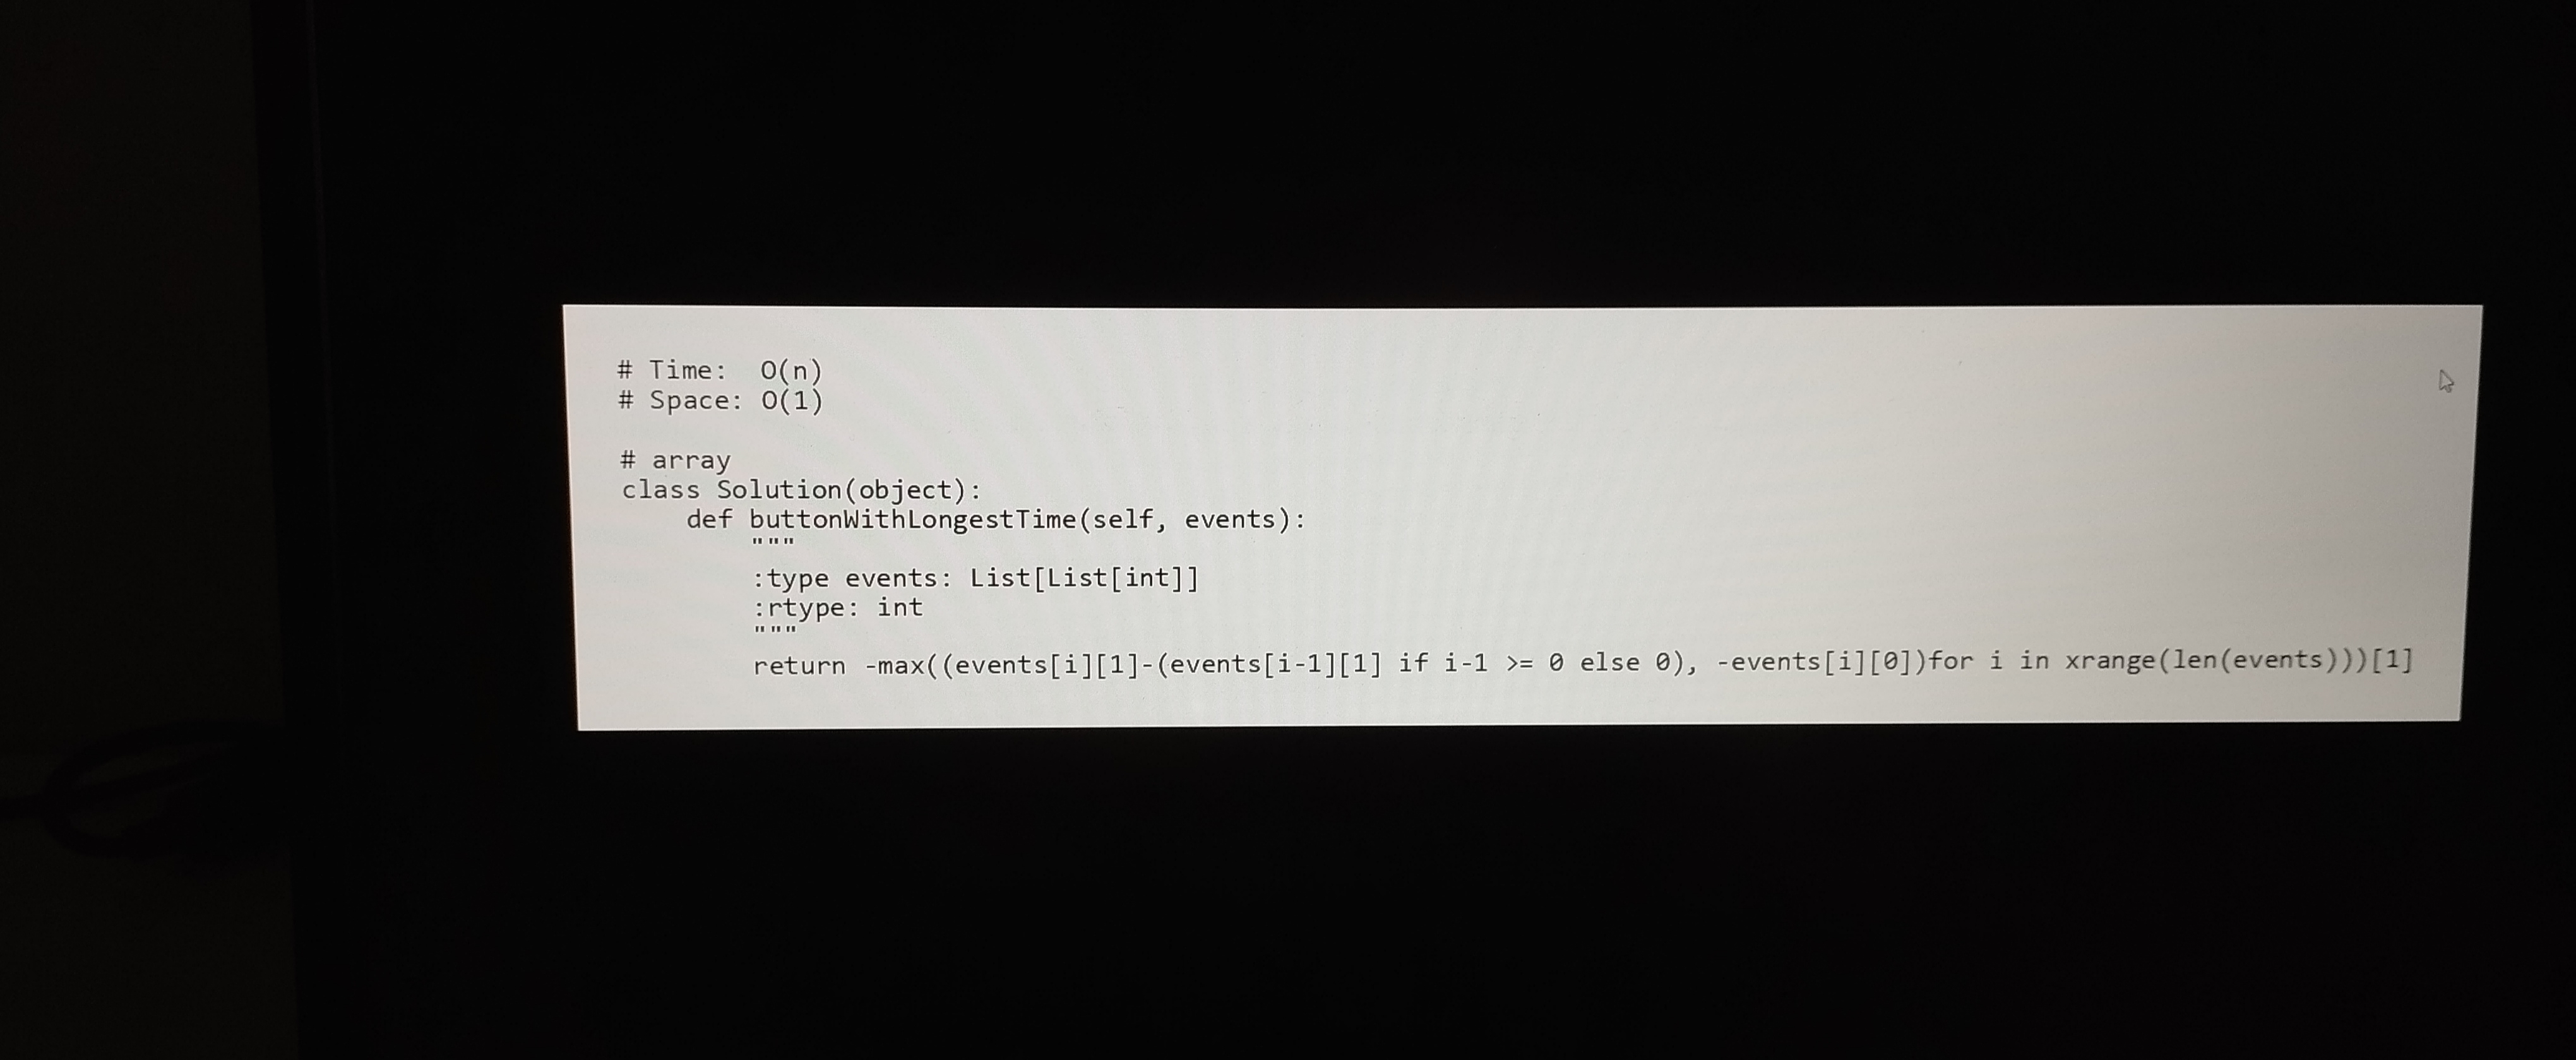
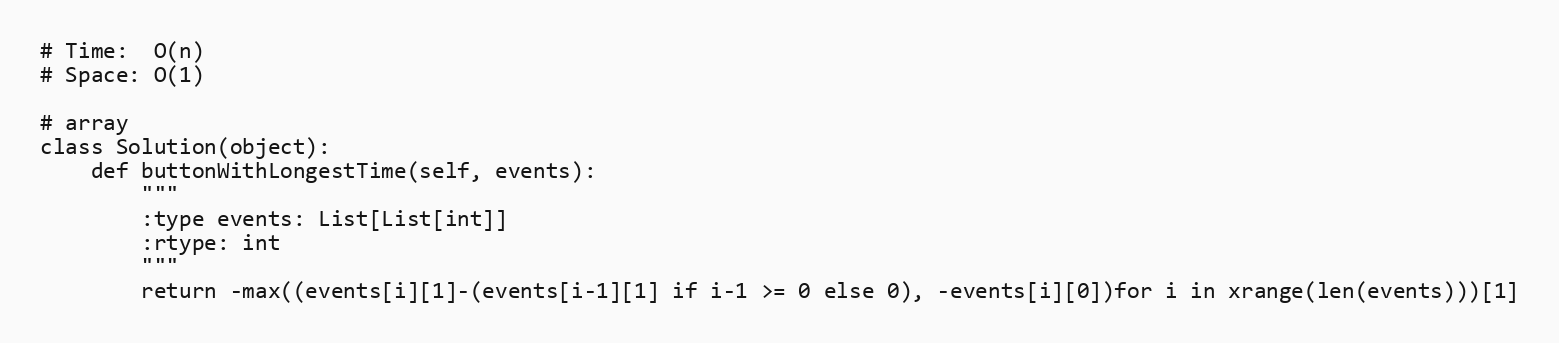
# Time:  O(n)
# Space: O(1)

# array
class Solution(object):
    def buttonWithLongestTime(self, events):
        """
        :type events: List[List[int]]
        :rtype: int
        """
        return -max((events[i][1]-(events[i-1][1] if i-1 >= 0 else 0), -events[i][0])for i in xrange(len(events)))[1]